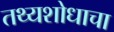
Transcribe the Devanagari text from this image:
तथ्यशोधाचा